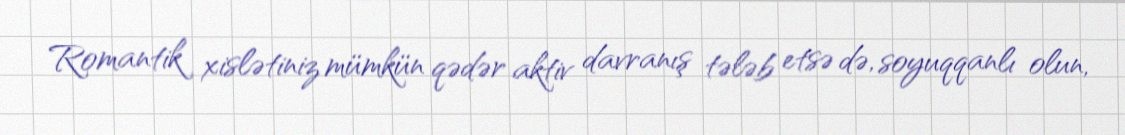
Romantik xislətiniz mümkün qədər aktiv davranış tələb etsə də, soyuqqanlı olun,